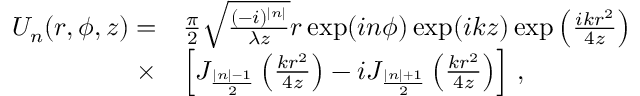
\begin{array} { r l } { U _ { n } ( r , \phi , z ) = } & { \frac { \pi } { 2 } \sqrt { \frac { ( - i ) ^ { | n | } } { \lambda z } } r \exp ( i n \phi ) \exp ( i k z ) \exp \left( \frac { i k r ^ { 2 } } { 4 z } \right) } \\ { \times } & { \left[ J _ { \frac { | n | - 1 } { 2 } } \left( \frac { k r ^ { 2 } } { 4 z } \right) - i J _ { \frac { | n | + 1 } { 2 } } \left( \frac { k r ^ { 2 } } { 4 z } \right) \right] \, , } \end{array}